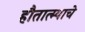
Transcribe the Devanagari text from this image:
हौतात्म्याचे